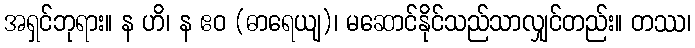
အရှင်ဘုရား။ န ဟိ၊ န ဧဝ (ဓာရေယျ)၊ မဆောင်နိုင်သည်သာလျှင်တည်း။ တဿ၊